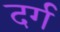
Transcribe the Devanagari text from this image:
दर्ग